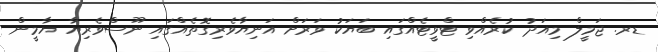
ޑރ. ޖަމީލް މިއަދު ކުރެއްވި ޓްވީޓެއްގައި ބަޔަކު ވަރަށް އަނިޔާވެރިގޮތެއްގައި ނޫސްވެރިޔާ ޔާމީން